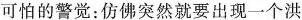
可怕的警觉：仿佛突然就要出现一个洪